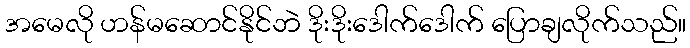
အမေလို ဟန်မဆောင်နိုင်ဘဲ ဒိုးဒိုးဒေါက်ဒေါက် ပြောချလိုက်သည်။